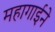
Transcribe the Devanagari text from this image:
महागाईने